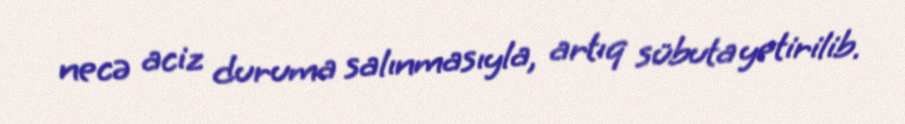
necə aciz duruma salınmasıyla, artıq sübuta yetirilib.